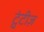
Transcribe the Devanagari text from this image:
ट्वंटीज़